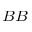
^ { B B }